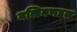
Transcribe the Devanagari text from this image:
मन्त्रिमणडल